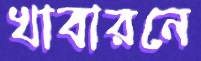
খাবারনে